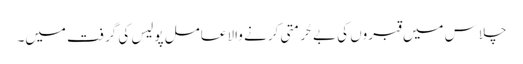
چلاس میں قبروں کی بے حُرمتی کرنے والا عامل پولیس کی گرفت میں۔